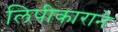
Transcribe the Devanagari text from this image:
लिपीकाराने